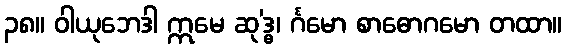
၃၈။ ဝါယုဘေဒါ ဣမေ ဆု’ဒ္ဓ၊ င်္ဂမော စာဓောဂမော တထာ။